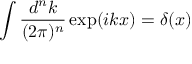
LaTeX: \int \frac { d ^ { n } k } { ( 2 \pi ) ^ { n } } \exp ( i k x ) = \delta ( x )